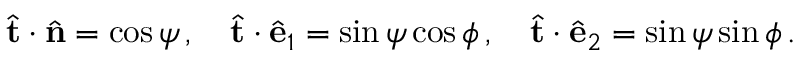
\hat { \bf t } \cdot \hat { \bf n } = \cos \psi \, , \quad \hat { \bf t } \cdot \hat { \bf e } _ { 1 } = \sin \psi \cos \phi \, , \quad \hat { \bf t } \cdot \hat { \bf e } _ { 2 } = \sin \psi \sin \phi \, .